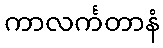
ကာလင်္ကတာနံ